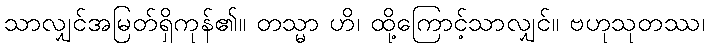
သာလျှင်အမြတ်ရှိကုန်၏။ တသ္မာ ဟိ၊ ထို့ကြောင့်သာလျှင်။ ဗဟုသုတဿ၊